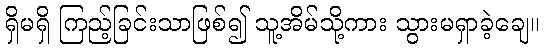
ရှိမရှိ ကြည့်ခြင်းသာဖြစ်၍ သူ့အိမ်သို့ကား သွားမရှာခဲ့ချေ။